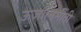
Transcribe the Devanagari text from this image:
ऊर्जानिर्मीती